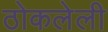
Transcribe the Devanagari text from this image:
ठोकलेली